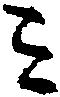
ミ